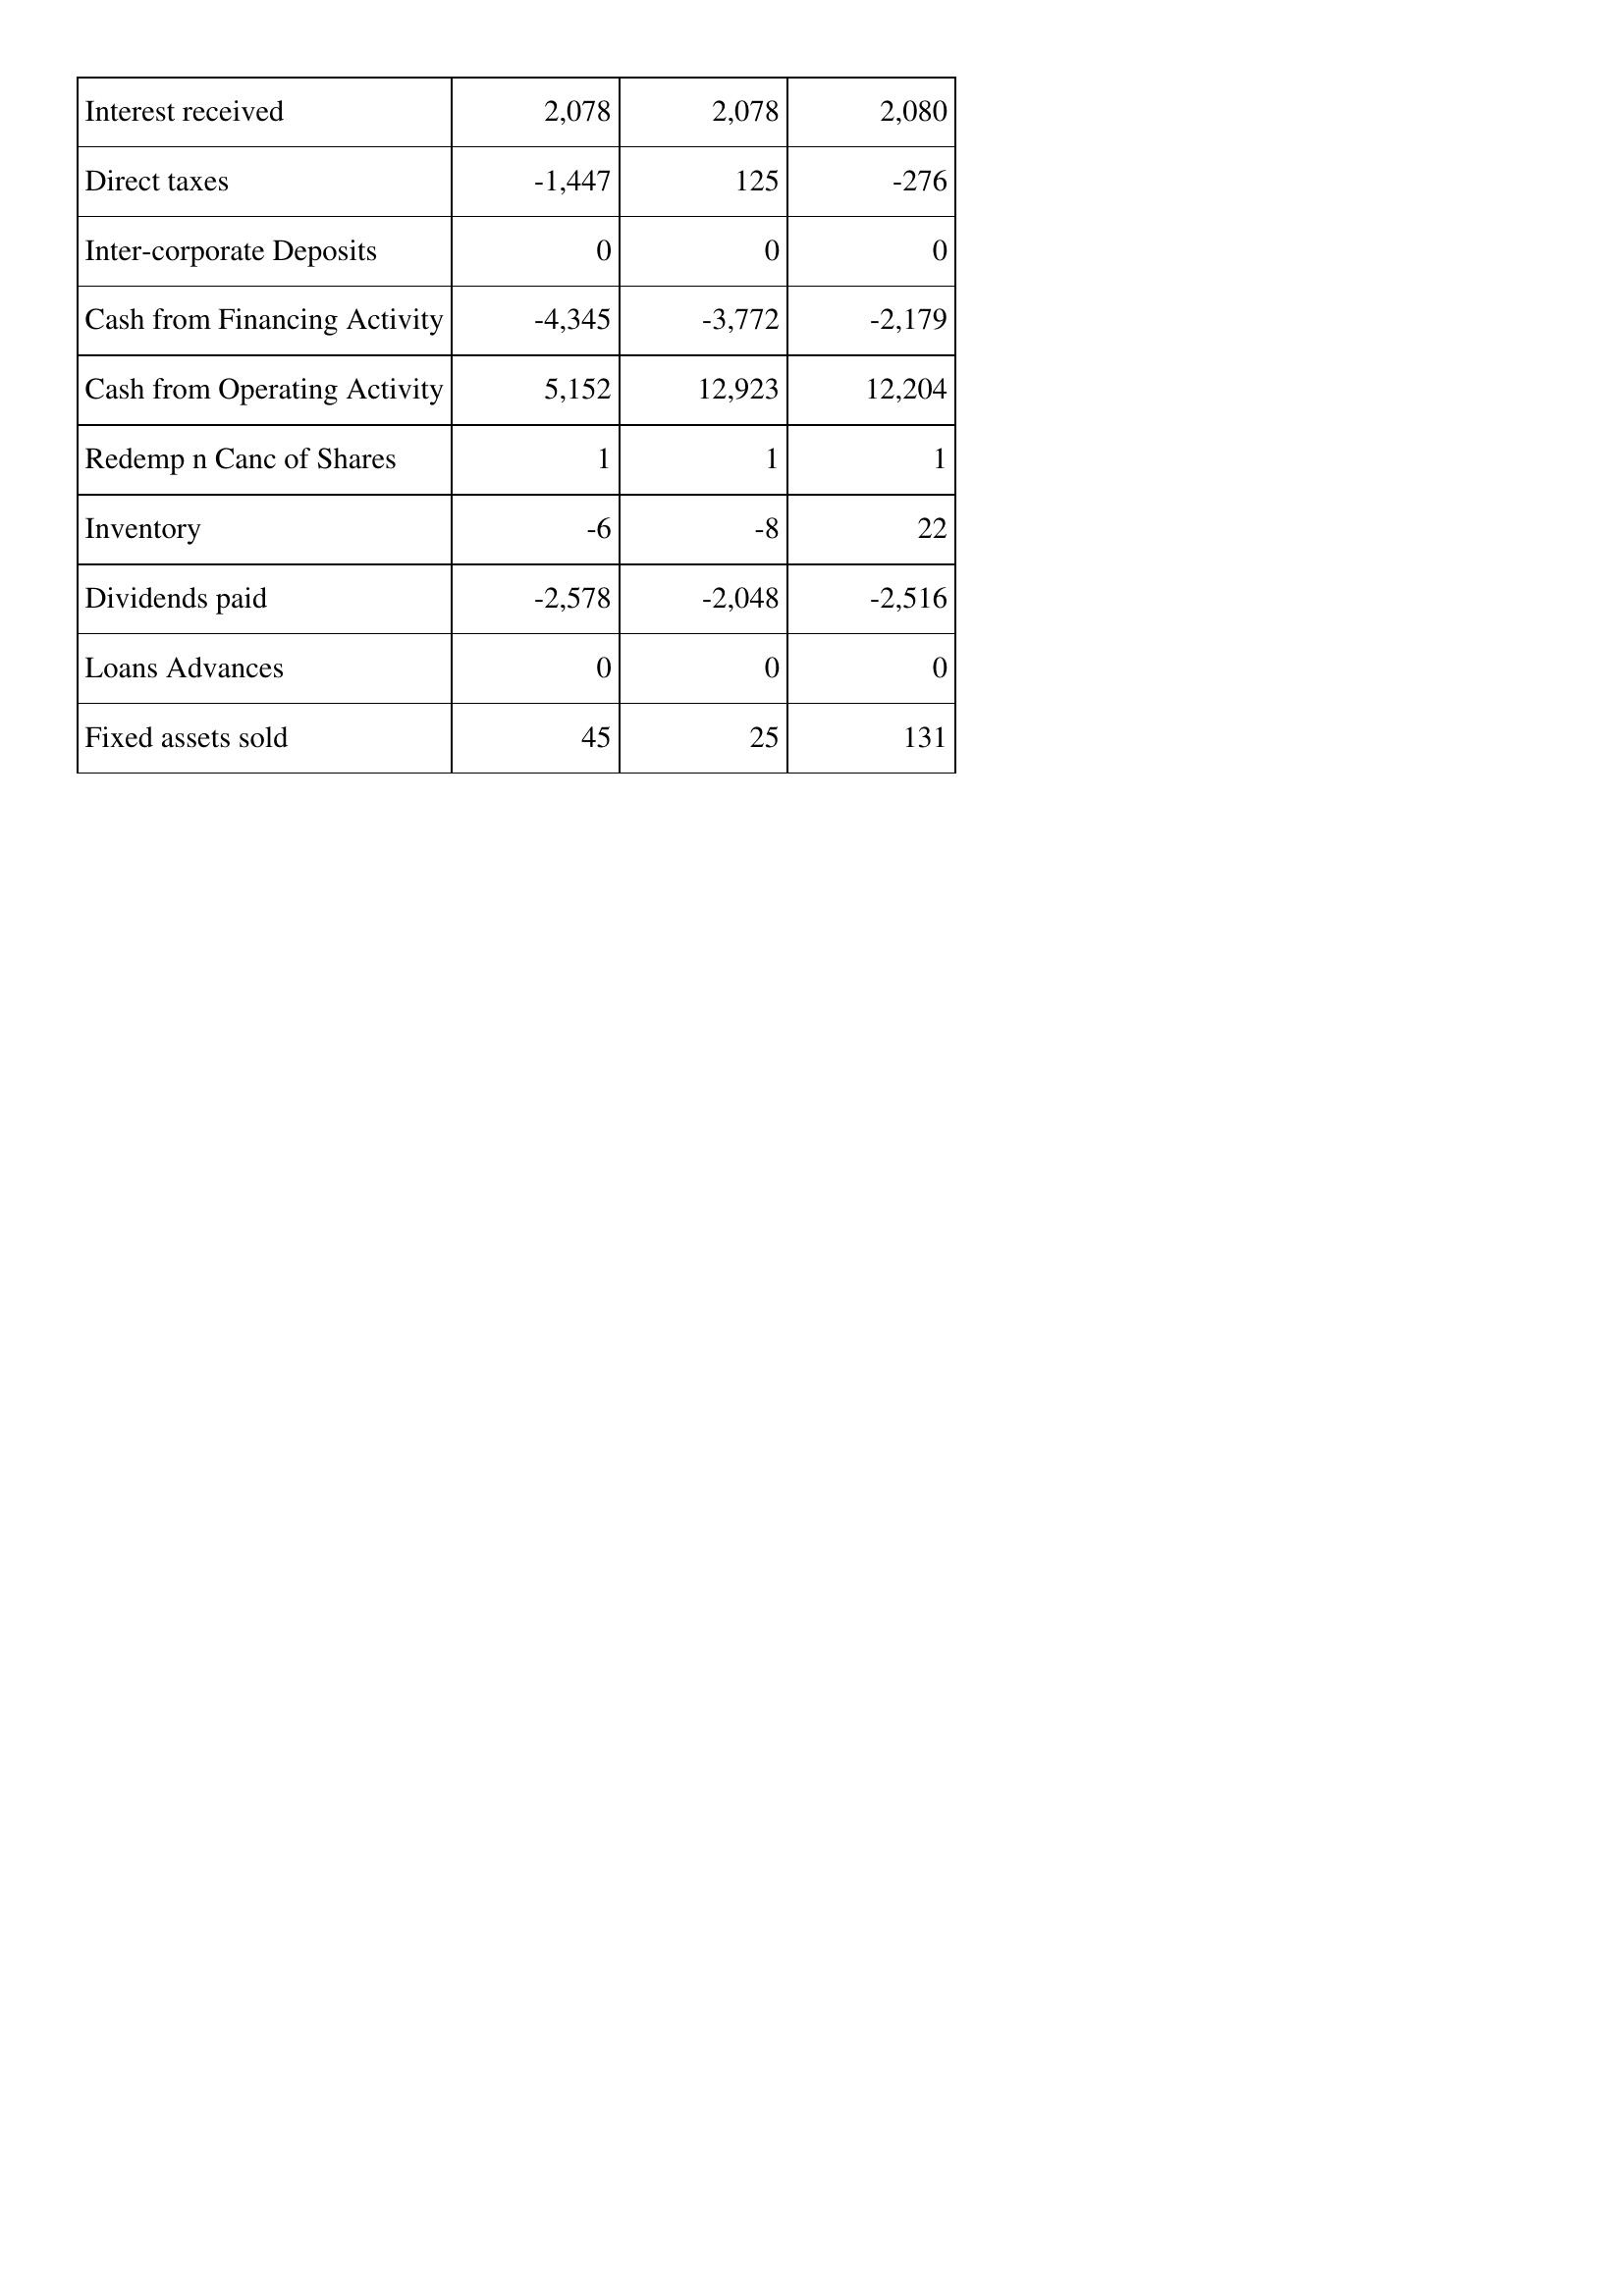
Nov-12: Cash Flows: Interest received: 2,078
Direct taxes: -1,447
Inter-corporate Deposits: 0
Cash from Financing Activity: -4,345
Cash from Operating Activity: 5,152
Redemp n Canc of Shares: 1
Inventory: -6
Dividends paid: -2,578
Loans Advances: 0
Fixed assets sold: 45
Nov-11: Cash Flows: Interest received: 2,078
Direct taxes: 125
Inter-corporate Deposits: 0
Cash from Financing Activity: -3,772
Cash from Operating Activity: 12,923
Redemp n Canc of Shares: 1
Inventory: -8
Dividends paid: -2,048
Loans Advances: 0
Fixed assets sold: 25
Nov-10: Cash Flows: Interest received: 2,080
Direct taxes: -276
Inter-corporate Deposits: 0
Cash from Financing Activity: -2,179
Cash from Operating Activity: 12,204
Redemp n Canc of Shares: 1
Inventory: 22
Dividends paid: -2,516
Loans Advances: 0
Fixed assets sold: 131